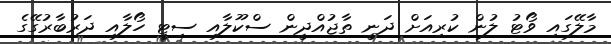
މާލޭގައި ވޯޓު ލުން ކުރިއަށް ދަނީ ތާޖުއްދީން ސްކޫލާއި ސިޓީ ހޯލާއި ދަރުބާރުގޭގެ